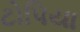
ટોપિયા